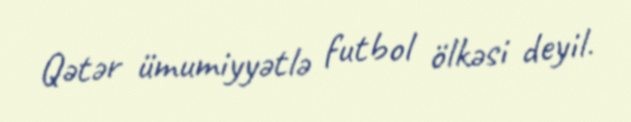
Qətər ümumiyyətlə futbol ölkəsi deyil.